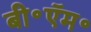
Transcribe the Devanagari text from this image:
बी॰ऍम॰